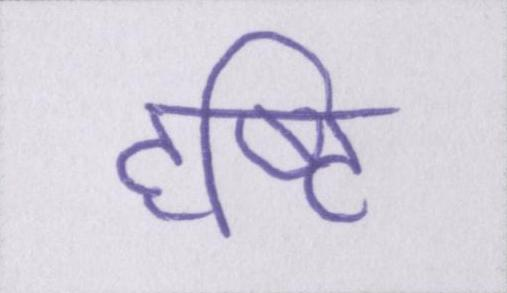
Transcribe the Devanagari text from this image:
दृष्टि